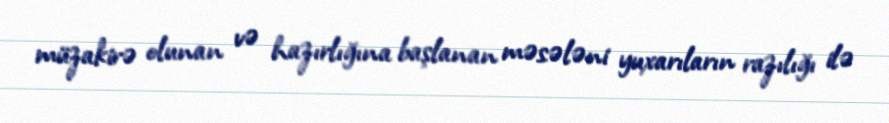
müzakirə olunan və hazırlığına başlanan məsələni yuxarıların razılığı ilə